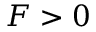
F > 0